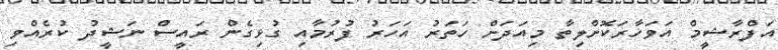
އަފްރާޝީމް އަވަހާރަކޮށްލިތާ މިއަދަށް ހަތަރު އަހަރު ފުރުމާއި ގުޅިގެން ރައީސް ނަޝީދު ކުރެއްވި